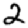
Digit: 2